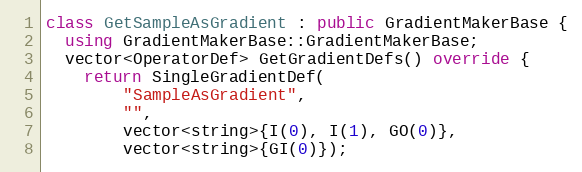
Language: C++
class GetSampleAsGradient : public GradientMakerBase {
  using GradientMakerBase::GradientMakerBase;
  vector<OperatorDef> GetGradientDefs() override {
    return SingleGradientDef(
        "SampleAsGradient",
        "",
        vector<string>{I(0), I(1), GO(0)},
        vector<string>{GI(0)});